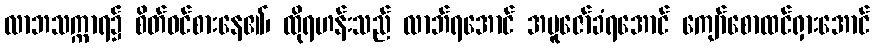
လာဘသက္ကာရ၌ စိတ်ဝင်စားနေ၏၊ ထိုရဟန်းသည် လာဘ်ရအောင် အပူဇော်ခံရအောင် ကျော်စောထင်ရှားအောင်